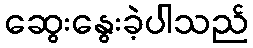
ဆွေးနွေးခဲ့ပါသည်